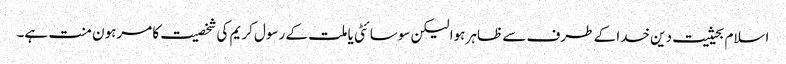
اسلام بحیثیت دین خدا کے طرف سے ظاہر ہوا لیکن سوسائٹی یا ملت کے رسول کریم کی شخصیت کا مرہون منت ہے۔